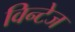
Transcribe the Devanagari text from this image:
विन्टेज